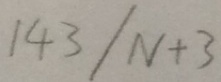
1 4 3 / N + 3